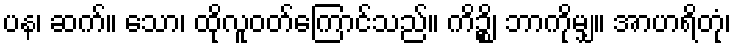
ပန၊ ဆက်။ သော၊ ထိုလူဝတ်ကြောင်သည်။ ကိဉ္စိ၊ ဘာကိုမျှ။ အာဟရိတုံ၊